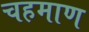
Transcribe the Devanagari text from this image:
चहमाण